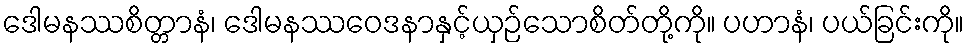
ဒေါမနဿစိတ္တာနံ၊ ဒေါမနဿဝေဒနာနှင့်ယှဉ်သောစိတ်တို့ကို။ ပဟာနံ၊ ပယ်ခြင်းကို။